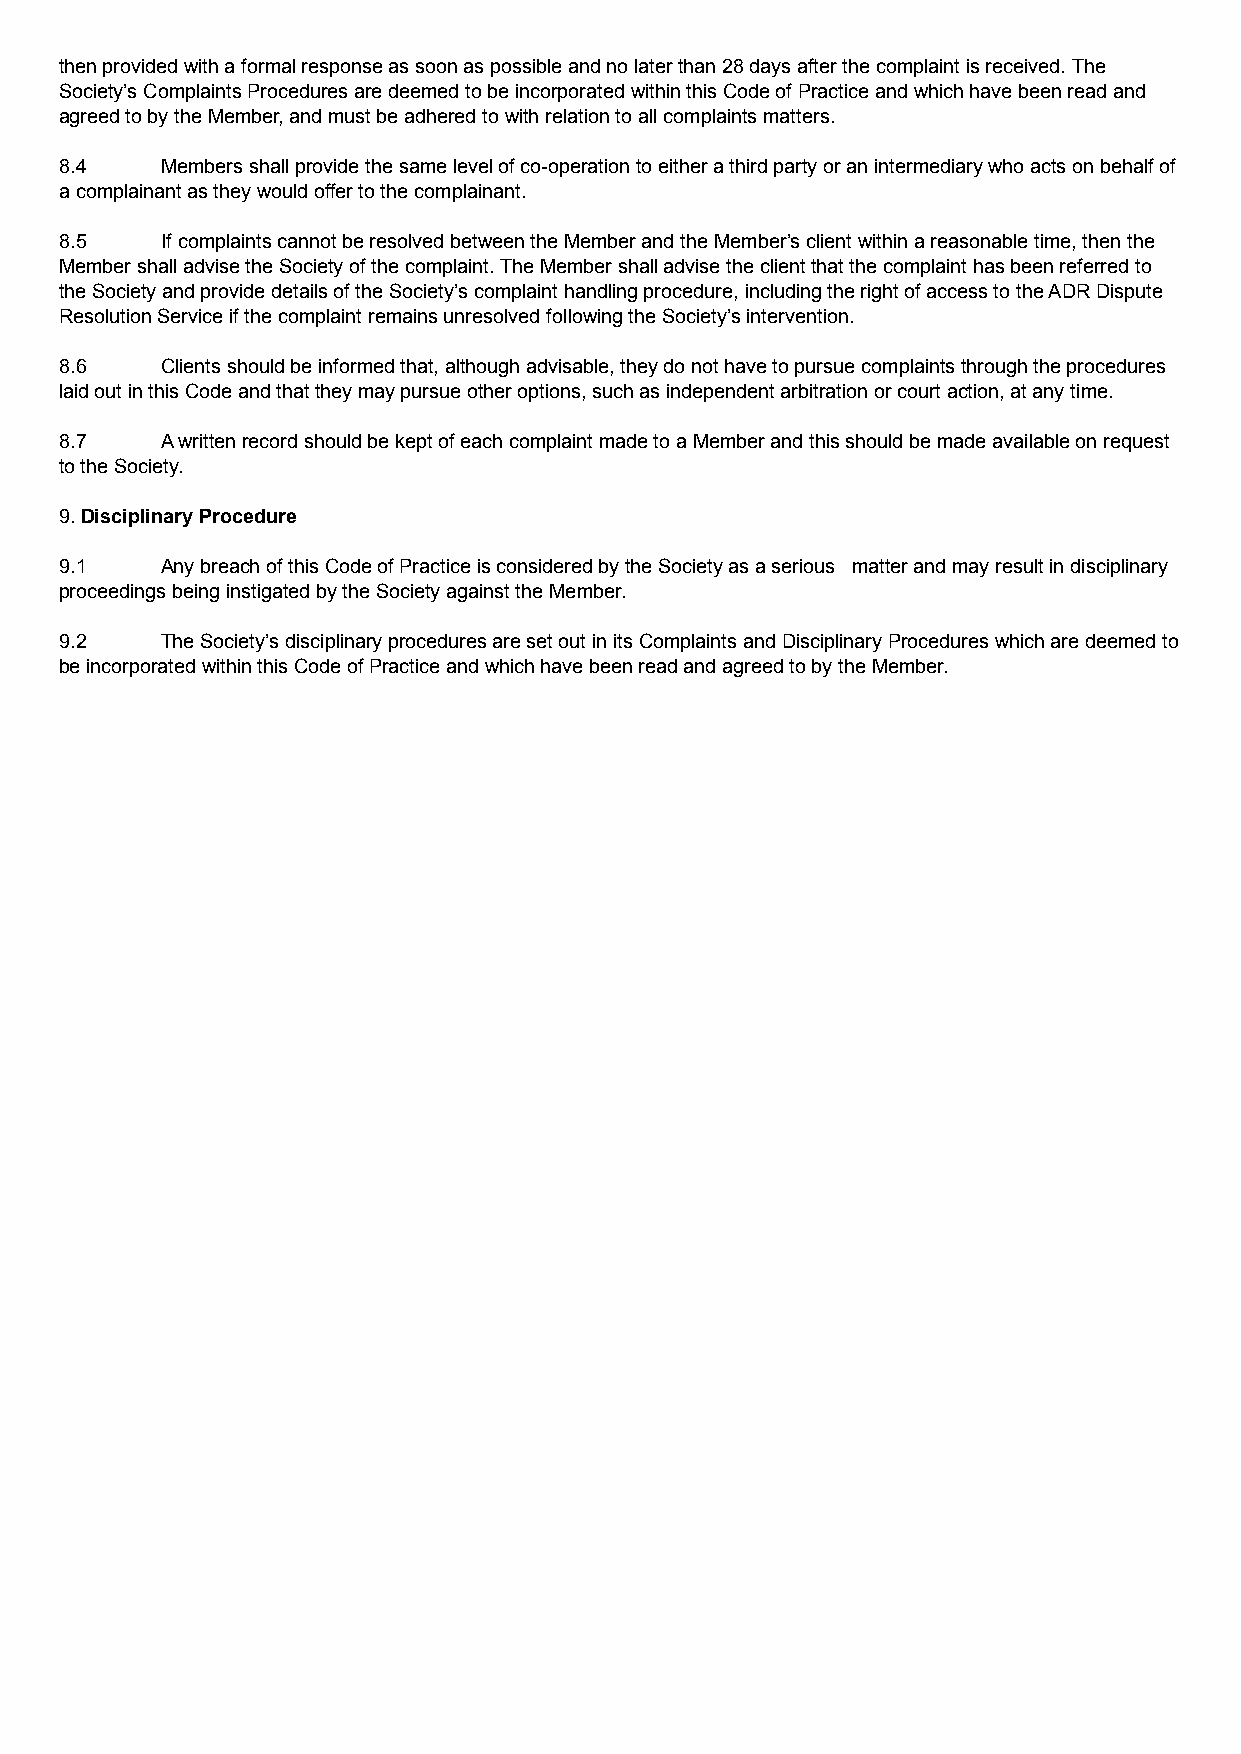
then provided with a formal response as soon as possible and no later than 28 days after the complaint is received. The
 Society’s Complaints Procedures are deemed to be incorporated within this Code of Practice and which have been read and
 agreed to by the Member, and must be adhered to with relation to all complaints matters.
 8.4    Members shall provide the same level of co-operation to either a third party or an intermediary who acts on behalf of
 a complainant as they would offer to the complainant.
 8.5    If complaints cannot be resolved between the Member and the Member’s client within a reasonable time, then the
 Member shall advise the Society of the complaint. The Member shall advise the client that the complaint has been referred to
 the Society and provide details of the Society’s complaint handling procedure, including the right of access to the ADR Dispute
 Resolution Service if the complaint remains unresolved following the Society’s intervention.
 8.6    Clients should be informed that, although advisable, they do not have to pursue complaints through the procedures
 laid out in this Code and that they may pursue other options, such as independent arbitration or court action, at any time.
 8.7    A written record should be kept of each complaint made to a Member and this should be made available on request
 to the Society.
 9. Disciplinary Procedure
 9.1    Any breach of this Code of Practice is considered by the Society as a serious matter and may result in disciplinary
 proceedings being instigated by the Society against the Member.
 9.2    The Society’s disciplinary procedures are set out in its Complaints and Disciplinary Procedures which are deemed to
 be incorporated within this Code of Practice and which have been read and agreed to by the Member.